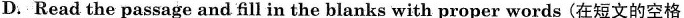
D. Read the passage and fill in the blanks with proper words (在短文的空格